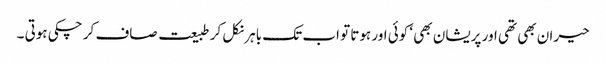
حیران بھی تھی اور پریشان بھی ‘ کوئی اور ہوتا تو اب تک باہر نکل کر طبیعت صاف کر چکی ہوتی ۔